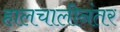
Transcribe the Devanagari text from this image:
हालचालीनंतर